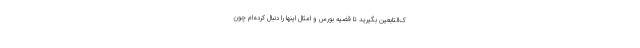
ک‌التابعین بگیرید تا قضیه بورس و امثال اینها را دنبال کرده‌ام چون